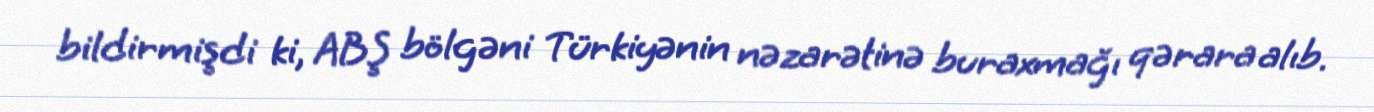
bildirmişdi ki, ABŞ bölgəni Türkiyənin nəzarətinə buraxmağı qərara alıb.